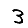
Digit: 3